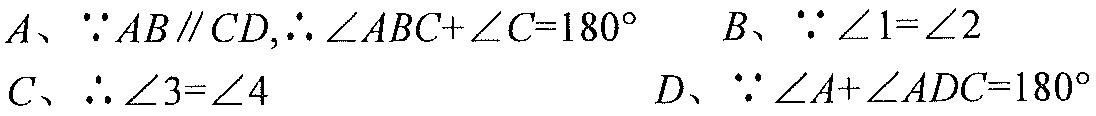
\(A、\because AB\parallel CD,\therefore \angle ABC + \angle C = 180^{\circ}\) \(B、\because \angle 1 = \angle 2\)
\(C、\therefore \angle 3 = \angle 4\) \(D、\because \angle A+\angle ADC = 180^{\circ}\)